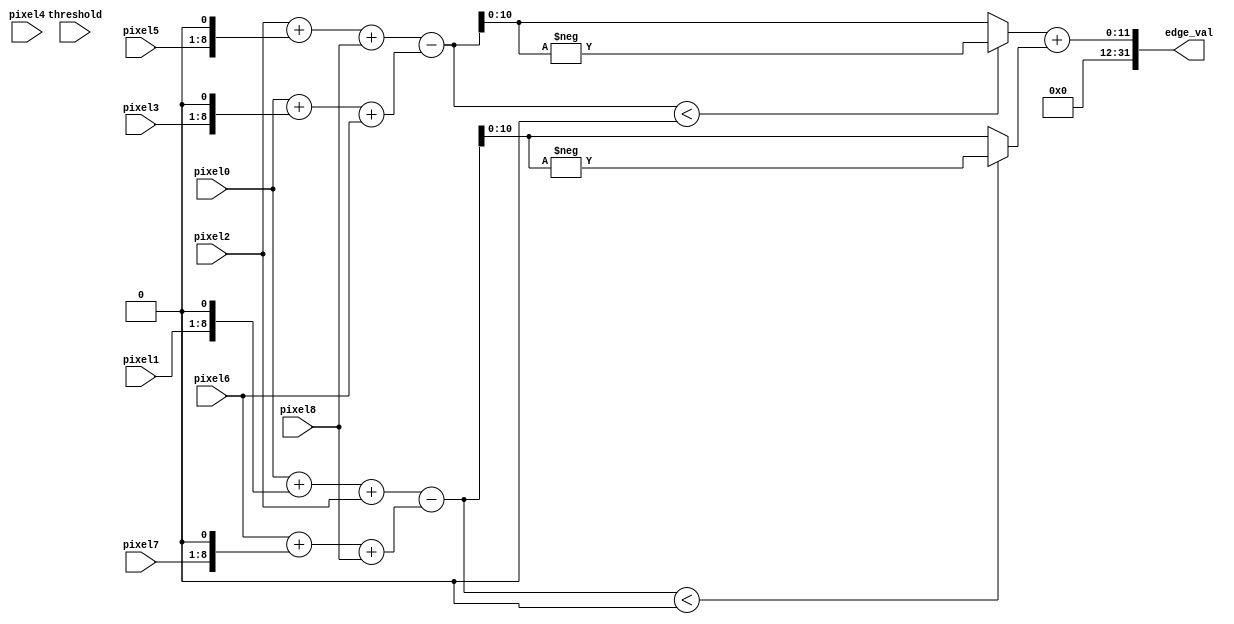
module sobel
(
    input wire  [7:0]   pixel0, pixel1, pixel2,
                        pixel3, pixel4, pixel5,
                        pixel6, pixel7, pixel8,
    input wire  [7:0]   threshold,
    output wire [31:0]   edge_val
);

    // Sobel kernels
    wire signed [31:0] Gx, Gy;
    wire [10:0] Gx_abs, Gy_abs;

    // Compute the Sobel gradient in x direction
    assign Gx = (pixel2 + (pixel5 << 1) + pixel8) - (pixel0 + (pixel3 << 1) + pixel6);
    
    // Compute the Sobel gradient in y direction
    assign Gy = (pixel0 + (pixel1 << 1) + pixel2) - (pixel6 + (pixel7 << 1) + pixel8);

    // Compute the absolute values of Gx and Gy
    assign Gx_abs = Gx < 0 ? -Gx : Gx;
    assign Gy_abs = Gy < 0 ? -Gy : Gy;

    // Calculate the edge value
    //assign edge_val = (Gx_abs + Gy_abs) > threshold ? 255 : 0;
    assign edge_val = (Gx_abs + Gy_abs);

endmodule